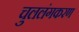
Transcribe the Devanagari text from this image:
चुललंगकरण